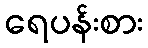
ရေပန်းစား